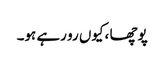
پوچھا ،کیوں رو رہے ہو۔